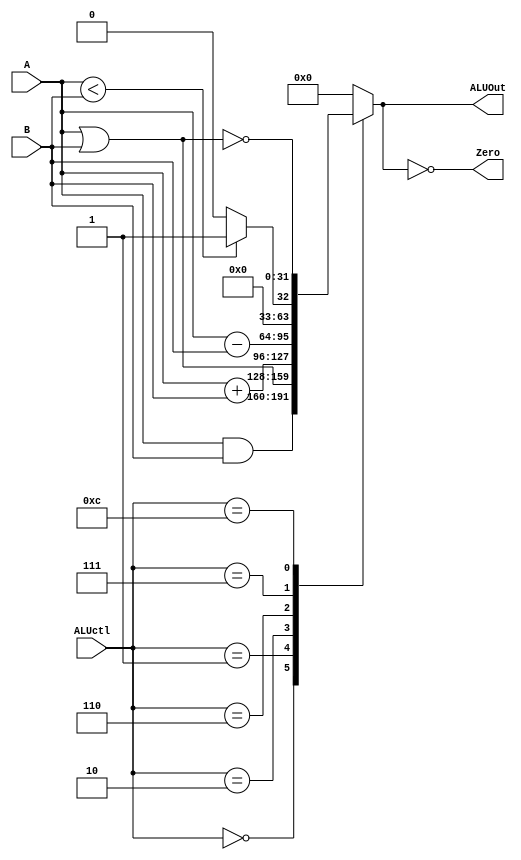
module ALU (ALUctl, A, B, ALUOut, Zero); 
	input [3:0] ALUctl; 
	input [31:0] A,B; 
	output reg [31:0] ALUOut; 
	output Zero; 
	assign Zero = (ALUOut==0); //Zero is true if ALUOut is 0 
	always @(ALUctl, A, B) begin //reevaluate if these change 
		case (ALUctl) 
			0: ALUOut <= A & B; 
			1: ALUOut <= A | B; 
			2: ALUOut <= A + B; 
			6: ALUOut <= A - B; 
			7: ALUOut <= A < B ? 1 : 0; 
			12: ALUOut <=	 ~(A | B); // result is nor 
			default: ALUOut <= 0; 
		endcase 
	end 
endmodule